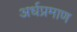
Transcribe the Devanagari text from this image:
अर्धप्रमाण